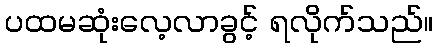
ပထမဆုံးလေ့လာခွင့် ရလိုက်သည်။